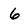
Character: 6